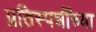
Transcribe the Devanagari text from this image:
प्रतिस्पर्धींच्या